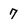
Character: 7